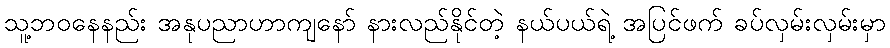
သူ့ဘဝနေနည်း အနုပညာဟာကျနော် နားလည်နိုင်တဲ့ နယ်ပယ်ရဲ့ အပြင်ဖက် ခပ်လှမ်းလှမ်းမှာ